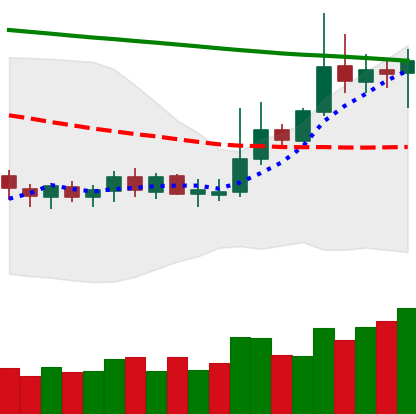
Ticker: DOGE-USD
Chart end date: 2019-10-21
Forward return: -5.479%
Label: down_5_7